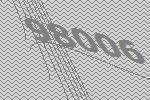
98006